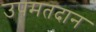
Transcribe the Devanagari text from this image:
उपमतदान